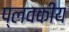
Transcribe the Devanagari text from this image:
प्लवकीय